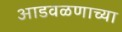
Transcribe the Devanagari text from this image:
आडवळणाच्या